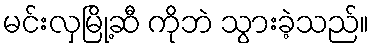
မင်းလှမြို့ဆီ ကိုဘဲ သွားခဲ့သည်။